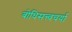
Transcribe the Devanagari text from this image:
बोधिसत्त्वचर्या